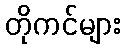
တိုကင်များ